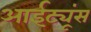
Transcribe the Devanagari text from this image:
आईट्यूंस